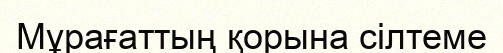
Мұрағаттың қорына сілтеме